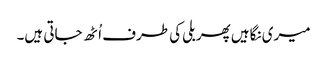
میری نگاہیں پھر بلی کی طرف اُٹھ جاتی ہیں۔